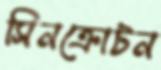
সিনক্রোটন